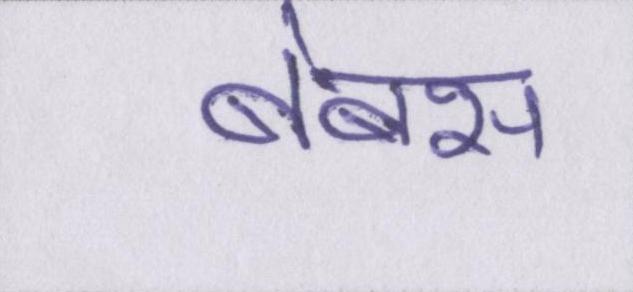
बेबस